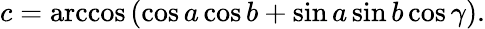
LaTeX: c=\operatorname{arccos}\left(\cos a\cos b+\sin a\sin b\cos\gamma\right).